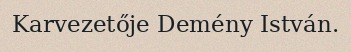
Karvezetője Demény István.